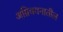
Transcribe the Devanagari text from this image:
अग्निचयनातील